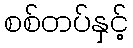
စစ်တပ်နှင့်